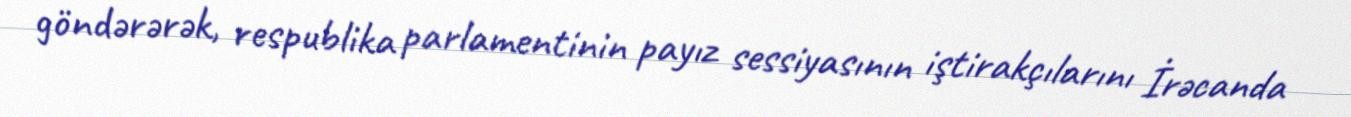
göndərərək, respublika parlamentinin payız sessiyasının iştirakçılarını İrəcanda